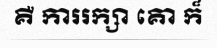
គឺ ការរក្សា គោ ក៏